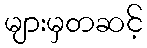
များမှတဆင့်